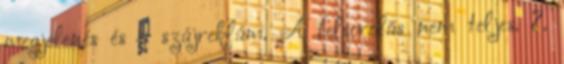
megjelenés és a szájreklám. A felsorolás nem teljes. 7.